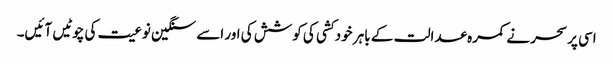
اسی پر سحر نے کمرہ عدالت کے باہر خود کشی کی کوشش کی اور اسے سنگین نوعیت کی چوٹیں آئیں۔